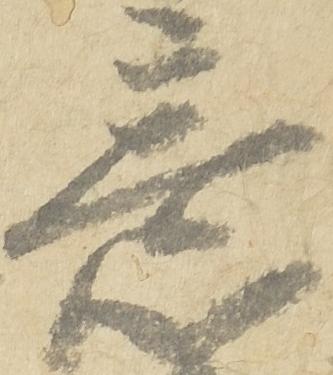
意